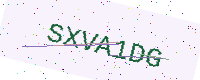
Text: SXVA1DG